Medical and sanitary report of the native army of Bengal for the year
Year: 1875
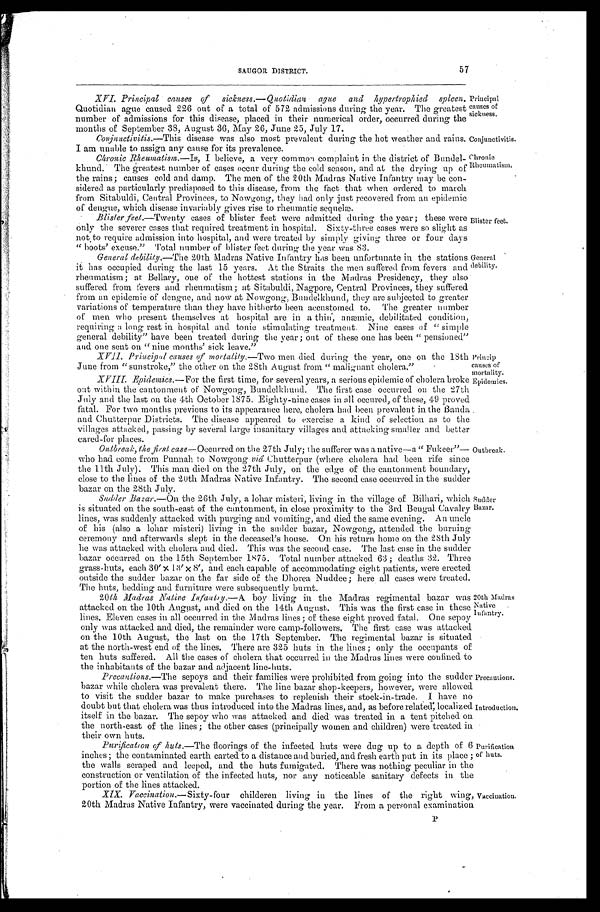
Principal
causes
sickness.
Conjunctivitis.
Chronic
Rheumatism,
SAUGOR DISTRICT. 57
XVI. Principal causes of sickness.—Quotidian ague and hypertrophied spleen.
Quotidian ague caused 226 out of a total of 572 admissions during the year. The greatest
number of admissions for this disease, placed in their numerical order, occurred during the
months of September 38, August 36, May 26, June 25, July 17.
Conjunctivitis. —This disease was also most prevalent during the hot weather and rains.
I am unable to assign any cause for its prevalence.
Chronic Rheumatism.— I s , I b e l i e v e , a v e r y c o m m o n c o m p l a i n t i n t h e d i s t r i c t o f B u n d e l -
khund. The greatest number of cases occur during the cold season, and at the drying up of
the rains; causes cold and damp. The men of the 20th Madras Native Infantry may be con-
sidered as particularly predisposed to this disease, from the fact that when ordered to march
from Sitabuldi, Central Provinces, to Nowgong, they had only just recovered from an epidemic
of dengue, which disease invariably gives rise to rheumatic sequelæ.
Blister feet.—Twenty cases of blister feet were admitted during the year; these were
only the severer cases that required treatment in hospital. Sixty-three cases were so slight as
not to require admission into hospital, and were treated by simply giving three or four days
"hoots' excuse." Total number of blister feet during the year was 83.
Blister feet
General debility.—The 20th Madras Native Infantry has been unfortunate in the stations
it has occupied during the last 15 years. At the Straits the men suffered from fevers and
rheumatism; at Bellary, one of the hottest stations in the Madras Presidency, they also
suffered from fevers and rheumatism; at Sitabuldi, Nagpore, Central Provinces, they suffered
from an epidemic of dengue, and now at Nowgong, Bundelkhund, they are subjected to greater
variations of temperature than they have hitherto been accustomed to. The greater number
of men who present themselves at hospital are in a thin, anæmic, debilitated condition,
requiring a long rest in hospital and tonic stimulating treatment. Nine cases of "simple
general debility" have been treated during the year; out of these one has been "pensioned"
and one sent on"nine months'
s i c k l e a v e . "
XVII. Principal causes of mortality. —Two men died during the year, one on the 18th
June from "sunstroke," the other on the 28th August from "malignant cholera."
XVIII. Epidemics .—For the first time, for several years, a serious epidemic of cholera broke
out within the cantonment of Nowgong, Bundelkhund. The first case occurred on the 27th
July and the last on the 4th October 1875. Eighty-nine cases in all occured, of these, 49 proved
fatal. For two months previous to its appearance here, cholera had been prevalent in the Banda
and Chutterpur Districts. The disease appeared to exercise a kind of selection as to the
villages attacked, passing by several large insanitary villages and attacking smaller and better
cared-for places.
General
debility.
Prim ip
:muses of
mortality.
Epidemics.
Outbreak, the first case —Occurred on the 27th July; the sufferer was a native—a "Fukeer"—
who had come from Punnah to Nowgong viâ Chutterpur (where cholera had been rife since
the 11th July). This man died on the 27th July, on the edge of the cantonment boundary,
close to the lines of the 20th Madras Native Infantry. The second ease occurred in the sudder
bazar on the 28th July.
Sadder Bazar. —On the 26th July, a lohar misteri, living in the village of Bilhari, which
is situated on the south-east of the cantonment, in close proximity to the 3rd Bengal Cavalry
lines, was suddenly attacked with purging and vomiting, and died the same evening. An uncle
of his (also a lohar misteri) living in the sudder bazar, Nowgong, attended the burning
ceremony and afterwards slept in the deceased's house. On his return home on the 28th July
he was attacked with cholera and died. This was the second case. The last case in the sudder
bazar occurred on the 15th September 1875. Total number attacked 63; deaths 32. Three
grass-huts, each 30x13'x8', and each capable of accommodating eight patients, were erected
outside the sudder bazar on the far side of the Dhorea Nuddee; here all cases were treated.
The huts, bedding and furniture were subsequently burnt.
Outbreak.
Sudder
Bazar.
20th Madras Native Infantry .—A boy living in the Madras regimental bazar was
attacked on the 10th August, and died on the 14th August. This was the first case in these
lines. Eleven cases in all occurred in the Madras lines; of these eight proved fatal. One sepoy
only was attacked and died, the remainder were camp-followers. The first case was attacked
on the 10th August, the last on the 17th September. The regimental bazar is situated
at t he nort h-west end of t he l i nes. There are 325 hut s i n t he l i nes; onl y t he occupant s of
ten huts suffered. All the cases of cholera that occurred in the Madras lines were confined to
the inhabitants of the bazar and adjacent line-huts.
Precautions.—The sepoys and their families were prohibited from going into the sudder
bazar while cholera was prevalent there. The line bazar shop-keepers, however, were allowed
to visit the sudder bazar to make purchases to replenish their stock-in-trade. I have no
doubt but that cholera was thus introduced into the Madras lines, and, as before related, localized
itself in the bazar. The sepoy who was attacked and died' was treated in a tent pitched on
the north-east of the lines; the other cases (principally women and children) were treated in
t h e i r o w n h u t s .
20th Madras
Native
Infantry.
Precautions.
Introduction.
Purification of huts. —The floorings of the infected huts were dug up to a depth of
6 inches; the contaminated earth carted to a distance and buried, and fresh earth put in its place
the walls scraped and leeped, and the huts fumigated. There was nothing peculiar in the
construction or ventilation of the infected huts, nor any noticeable sanitary defects in th
e
portion of the lines attacked.
Purification
of huts.
XIX. Vaccination. —Sixty-four childeren living in the lines of the right wing, Vaccination.
20th Madras Native Infantry, were vaccinated during the year. From a personal examination
P